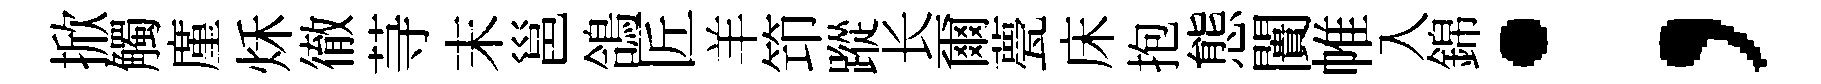
掀觸廑秌徹䒭末邕鴿匠羊笻蹤长爾甍床抱態闠帷入錦；